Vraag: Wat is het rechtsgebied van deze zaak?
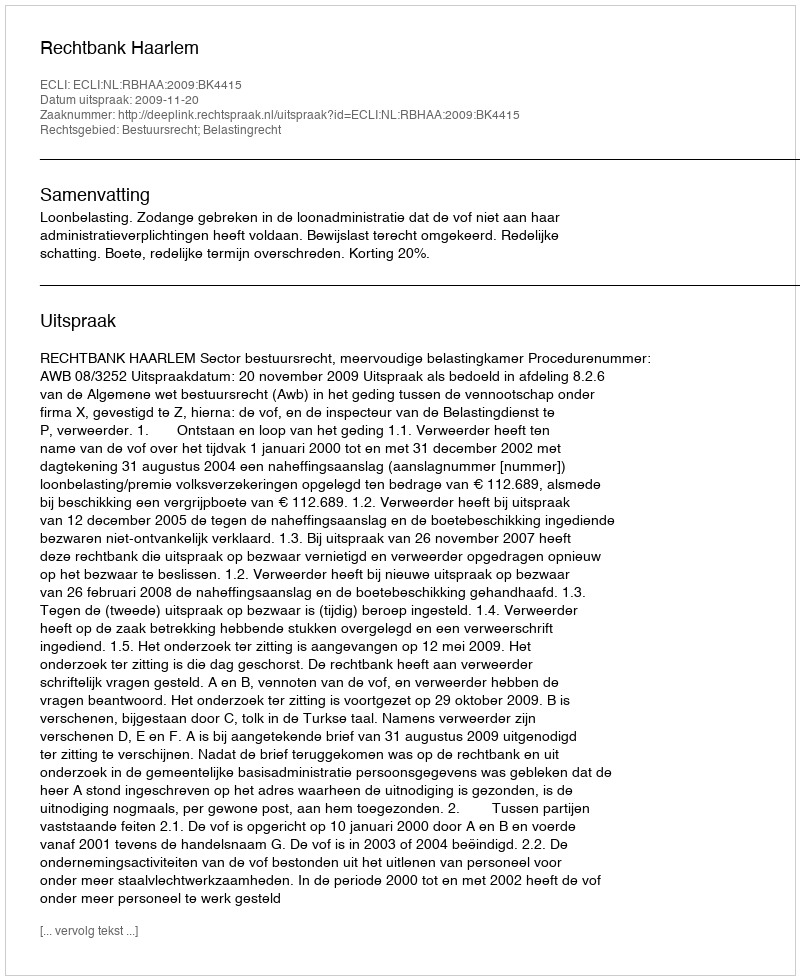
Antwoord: Bestuursrecht; Belastingrecht